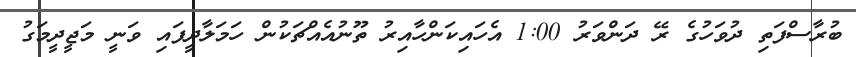
ބުރާސްފަތި ދުވަހުގެ ރޭ ދަންވަރު 1:00 އެހައިކަންހާއިރު ތޫނުއެއްޗަކުން ހަމަލާދީފައި ވަނީ މަޖީދީމަގު